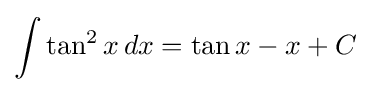
\int \tan ^{2}x\,dx=\tan x-x+C